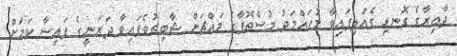
ދާއިރާގެ ގޮނޑި ގެއްލިފައިވާ މުހައްމަދު މުސްތޮފާގެ މައްޗަށް ޝާބިތުވެފައިވާ ދަރަނީގެ ފައިސާ ކަމަށް